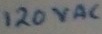
Text: 120VAC